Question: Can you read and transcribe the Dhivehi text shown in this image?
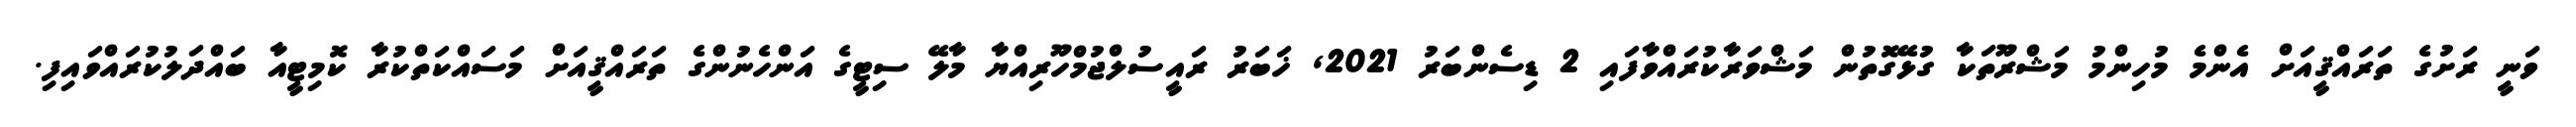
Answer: ވަނީ ރަށުގެ ތަރައްޤީއަށް އެންމެ މުހިންމު މަޝްރޫތަކާ ގުޅޭގޮތުން މަޝްވަރާކުރައްވާފައި 2 ޑިސެންބަރު 2021, ޚަބަރު ރައީސުލްޖުމްހޫރިއްޔާ މާލޭ ސިޓީގެ އަންހެނުންގެ ތަރައްޤީއަށް މަސައްކަތްކުރާ ކޮމިޓީއާ ބައްދަލުކުރައްވައިފި.